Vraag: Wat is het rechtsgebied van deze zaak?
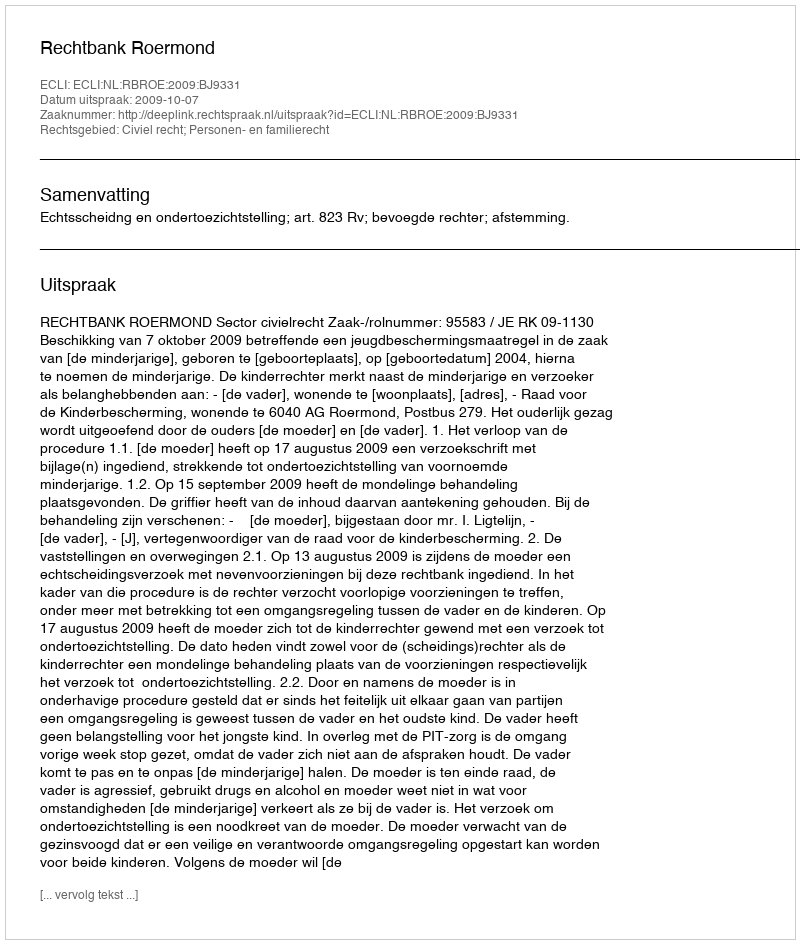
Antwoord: Civiel recht; Personen- en familierecht